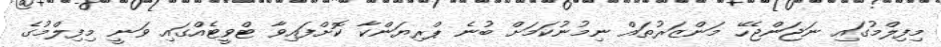
މިފިލްމުގައި ނަޖަންޖެހޭ މަންޒަރުތައް ނިމުނުކަމަށް ބުނެ ޕްރިޔަންކާ ކޮށްފައިވާ ޓްވީޓެއްގައި ވަނީ މިފިލްމުގެ